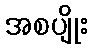
အစပျိုး